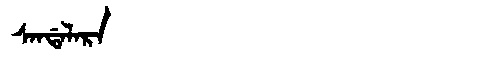
Manchu: ᠰᠠᠨᡩᠠᠯᠠᡵᠠ
Romanization: SANDALARA